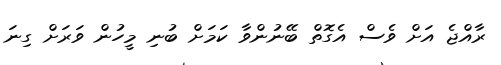
ރާއްޖެ އަށް ވެސް އެގޮތް ބޭނުންވާ ކަމަށް ބުނި މީހުން ވަރަށް ގިނަ